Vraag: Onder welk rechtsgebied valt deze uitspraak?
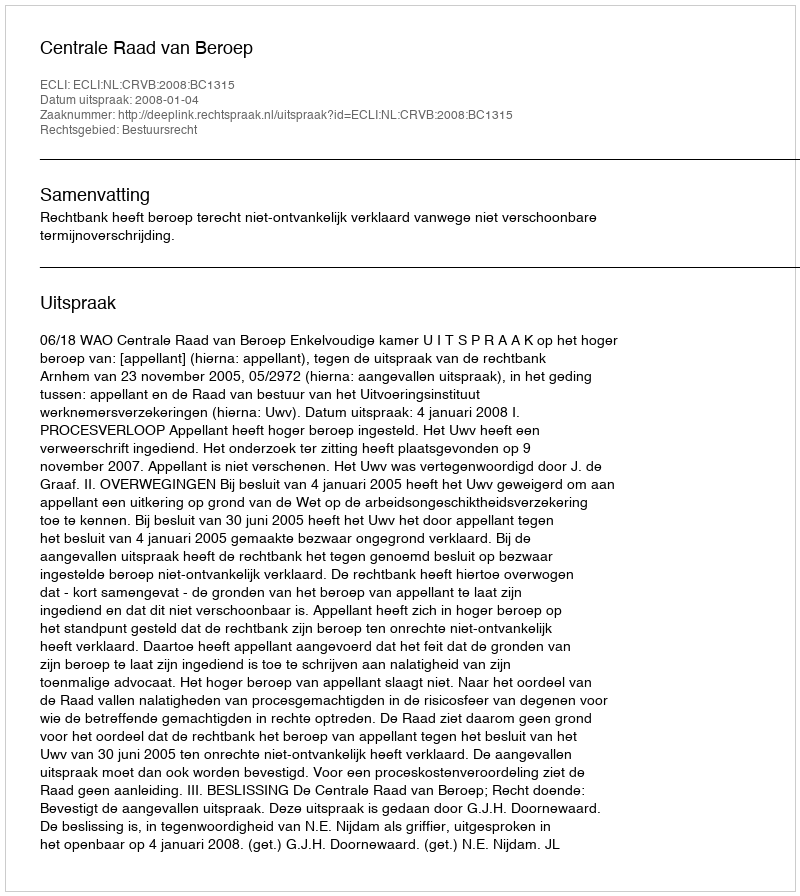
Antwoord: Bestuursrecht